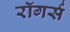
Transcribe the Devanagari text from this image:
रॉगर्स